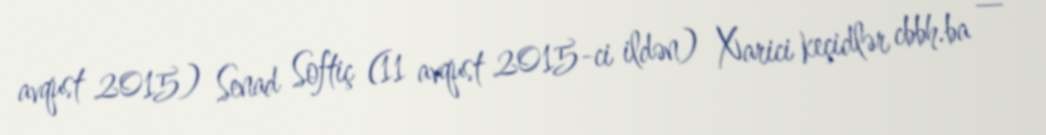
avqust 2015) Senad Softiç (11 avqust 2015-ci ildən) Xarici keçidlər cbbh.ba —